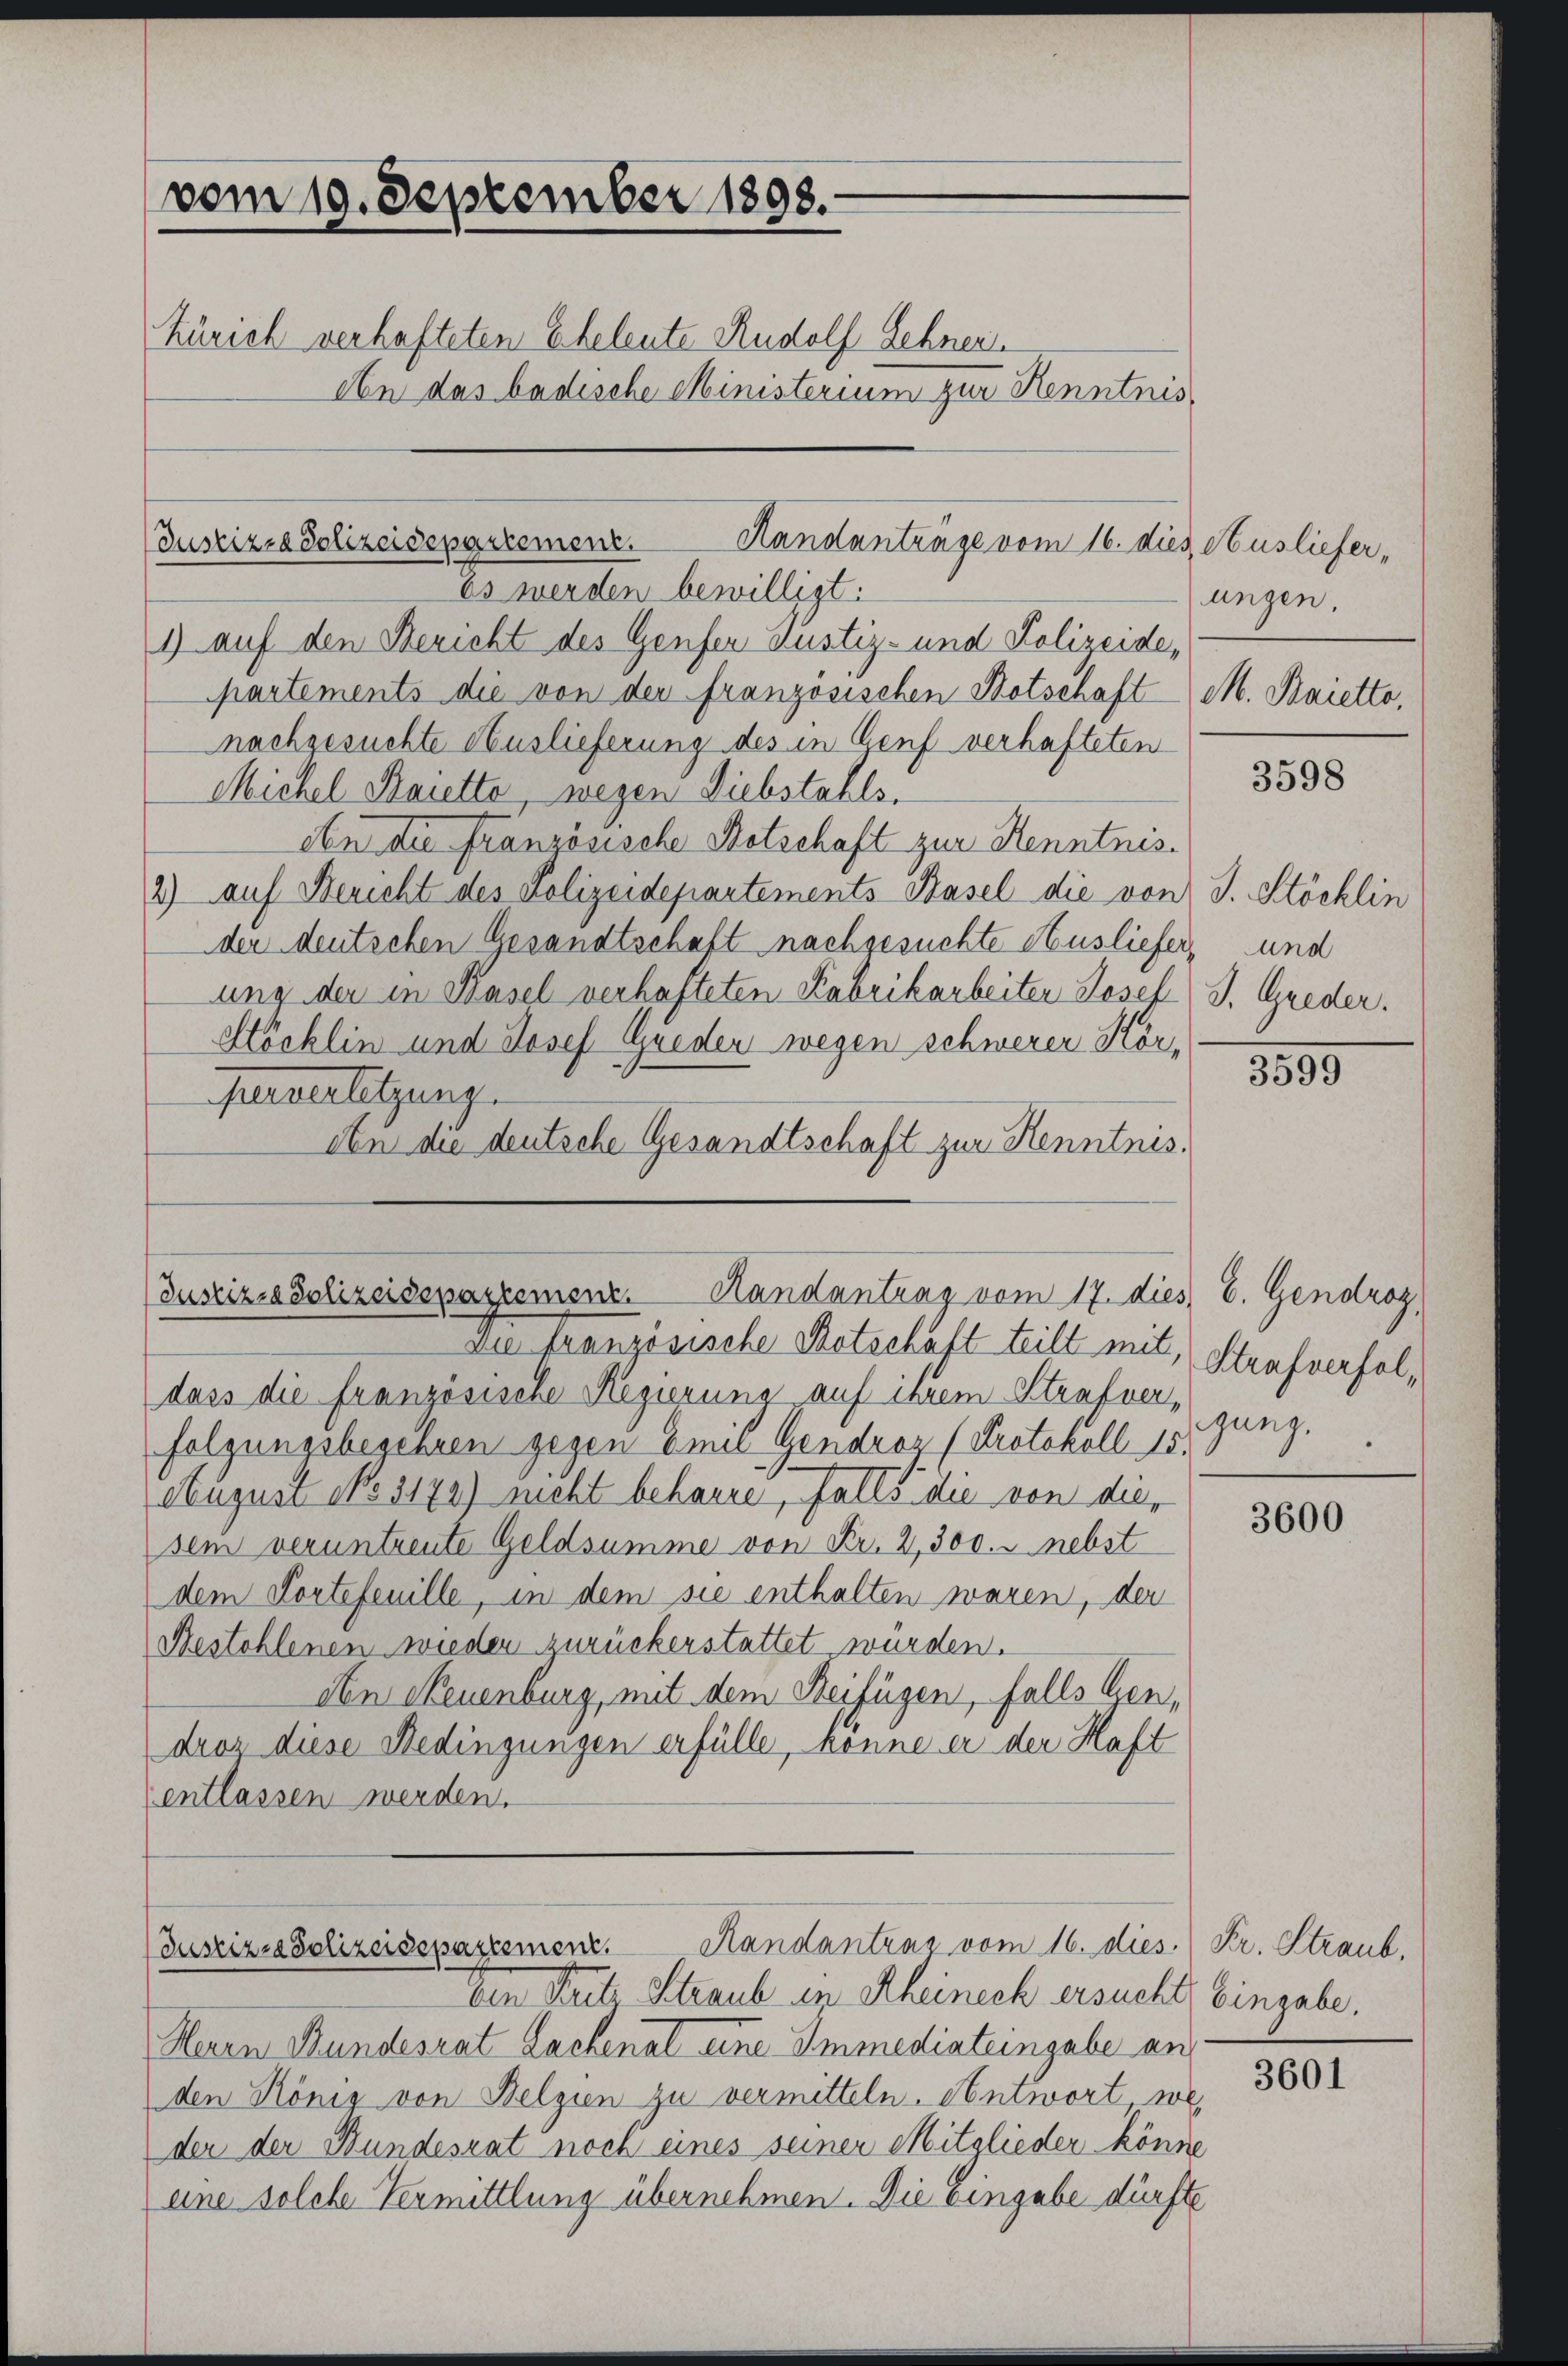
(vom 19. September 1898.
Zürich verhafteten Eheleute Rudolf Zehner
An das badische Ministerium zur Kenntnis¬

Es werden bewilligt:
1) auf den Bericht des Genfer Justiz- und Polizeide,
partements die von der französischen Botschaft
nachgesuchte Auslieferung des in Genf verhafteten
Michel Baretto, wegen Diebstahls.
ibn die französische Botschaft zur Kenntnis.
2) auf Bericht des Polizeidepartements Basel die von J. Stöcklin
der deutschen Gesandtschaft nachgesuchte Ausliefer,
ung der in Pasel verhafteten Fabrikarbeiter Josef J. Greder.
Möcklin und Josef Greden wegen schwerer Kör¬
Perverletzung.
etn die deutsche Gesandtschaft zur Kenntnis.

Justiz-a Polizeidepartement.
Handanträge vom 16. dies Ausliefer-

Justizia Polizeisepartement. Randantrag vom 17. dies, E. Gendroz,

Justizza Polizeidepartement.
ten Seit Straub in Rheinach ersucht, Eingabe.

Du französische Retschaft teilt mit, Strafverfaldass die französische Regierung auf ihrem Strafverfolgungsbegehren gegen Emil Gendroz (Protokoll 15.
August NNo. 3174) nicht beharre, falls die von diesem veruntreute Geldsumme von Fr. 2,300. - nebst
dem Kortefeuille, in dem sie enthalten waren, der
Bestohlenen wieder zurückerstattet wurden.
den Neuenburg, mit dem Beifügen, falls dendroz diese Bedingungen erfülle, könne er der Haft
entlassen werden.

Kandantrar vom 16. dies. Fr. Straub,

Heren Bundesrat Lachenal eine Immediateingabe an
den König von Belgien zu vermitteln. Antwort we
der der Bundesrat noch eines seiner Mitglieder könne
eine solche Vermittlung übernehmen. Die Eingabe dürfte

ungen,
M. Kaiette,

3598

und

3590

gung.

3600

3601